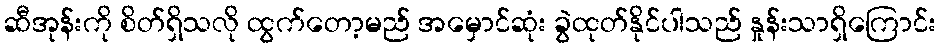
ဆီအုန်းကို စိတ်ရှိသလို ထွက်တော့မည် အမှောင်ဆုံး ခွဲထုတ်နိုင်ပါသည် နှုန်းသာရှိကြောင်း